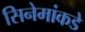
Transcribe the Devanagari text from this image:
सिनेमांकडे